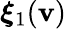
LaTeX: \boldsymbol{\xi}_{1}(\mathbf{v})